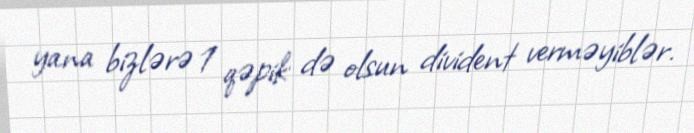
yana bizlərə 1 qəpik də olsun divident verməyiblər.